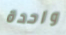
واحدة